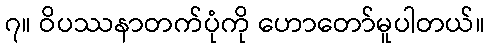
၇။ ဝိပဿနာတက်ပုံကို ဟောတော်မူပါတယ်။